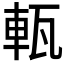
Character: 𤭔